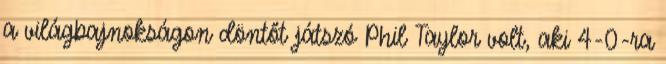
a világbajnokságon döntőt játszó Phil Taylor volt, aki 4-0-ra